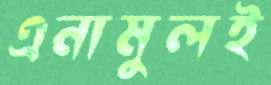
এনামুলই